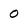
Character: o